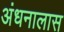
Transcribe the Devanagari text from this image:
अंधनालास